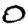
Digit: 0